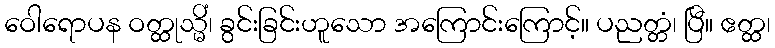
ဝေါရောပန ဝတ္ထုသ္မိံ၊ ခွင်းခြင်းဟူသော အကြောင်းကြောင့်။ ပညတ္တံ၊ ပြီ။ ဧတ္ထ၊